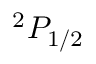
^ { 2 } P _ { 1 / 2 }